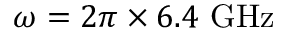
\omega = 2 \pi \times 6 . 4 ~ \mathrm { G H z }